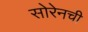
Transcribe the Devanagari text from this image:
सोरेनची